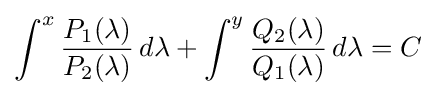
\int ^{x}{\frac {P_{1}(\lambda )}{P_{2}(\lambda )}}\,d\lambda +\int ^{y}{\frac {Q_{2}(\lambda )}{Q_{1}(\lambda )}}\,d\lambda =C